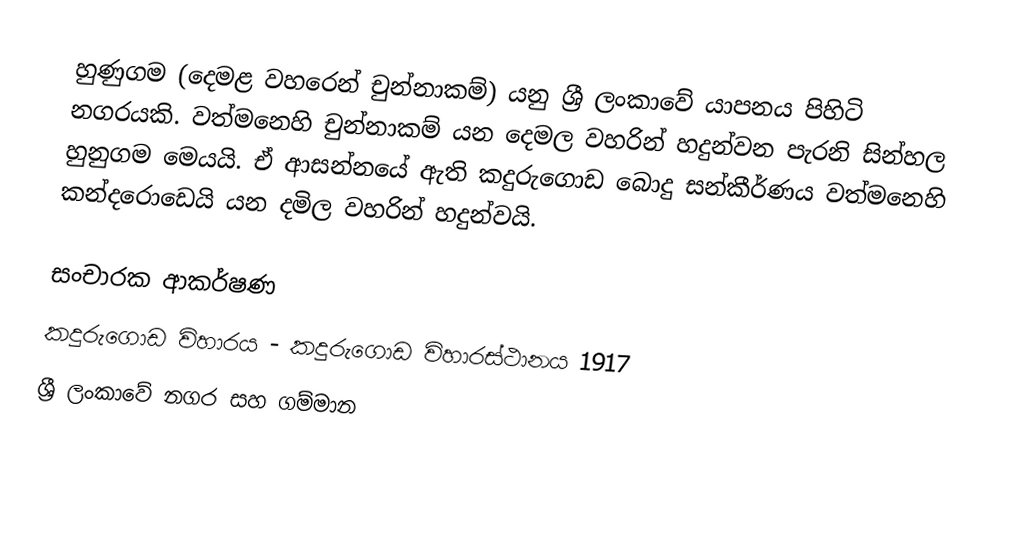
හුණුගම (දෙමළ වහරෙන් චුන්නාකම්) යනු ශ්‍රී ලංකාවේ යාපනය පිහිටි නගරයකි. වත්මනෙහි චුන්නාකම් යන දෙමල වහරින් හදුන්වන පැරනි සින්හල හුනුගම මෙයයි. ඒ ආසන්නයේ ඇති කදුරුගොඩ බොදු සන්කීර්ණය වත්මනෙහි කන්දරොඩෙයි යන දමිල වහරින් හදුන්වයි.

සංචාරක ආකර්ෂණ
කදුරුගොඩ විහාරය - කදුරුගොඩ විහාරස්‌ථානය 1917
ශ්‍රී ලංකාවේ නගර සහ ගම්මාන